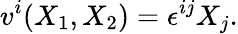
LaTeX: v^{i}(X_{1},X_{2})=\epsilon^{ij}X_{j}.